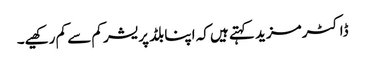
ڈاکٹر مزید کہتے ہیں کہ اپنا بلڈ پریشر کم سے کم رکھیے۔